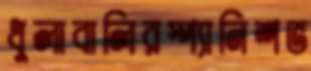
ধুলাবালিরস্প্যানিশভ